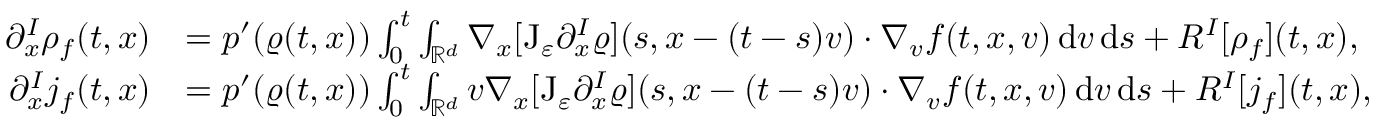
\begin{array} { r l } { \partial _ { x } ^ { I } \rho _ { f } ( t , x ) } & { = p ^ { \prime } ( \varrho ( t , x ) ) \int _ { 0 } ^ { t } \int _ { \mathbb R ^ { d } } \nabla _ { x } [ \mathrm { J } _ { \varepsilon } \partial _ { x } ^ { I } \varrho ] ( s , x - ( t - s ) v ) \cdot \nabla _ { v } f ( t , x , v ) \, \mathrm { d } v \, \mathrm { d } s + R ^ { I } [ \rho _ { f } ] ( t , x ) , } \\ { \partial _ { x } ^ { I } j _ { f } ( t , x ) } & { = p ^ { \prime } ( \varrho ( t , x ) ) \int _ { 0 } ^ { t } \int _ { \mathbb R ^ { d } } v \nabla _ { x } [ \mathrm { J } _ { \varepsilon } \partial _ { x } ^ { I } \varrho ] ( s , x - ( t - s ) v ) \cdot \nabla _ { v } f ( t , x , v ) \, \mathrm { d } v \, \mathrm { d } s + R ^ { I } [ j _ { f } ] ( t , x ) , } \end{array}